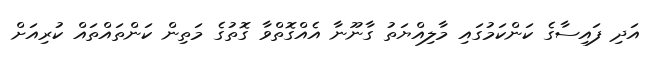
އަދި ފައިސާގެ ކަންކަމުގައި މާލިއްޔަތު ގާނޫނާ އެއްގޮތްވާ ގޮތުގެ މަތިން ކަންތައްތައް ކުރިއަށް